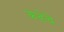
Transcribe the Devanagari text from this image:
कर्‍हेचे